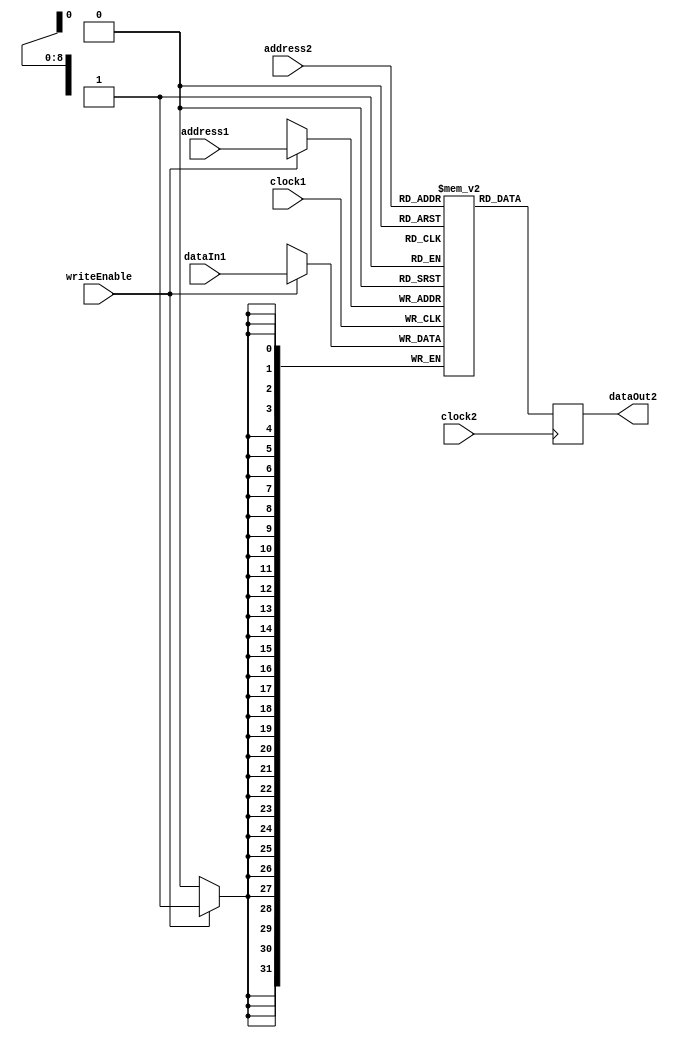
module dualPortRam2k ( input wire [8:0]  address1,
                                         address2,
                       input wire        clock1,
                                         clock2,
                                         writeEnable,
                       input wire [31:0] dataIn1,
                       output reg [31:0] dataOut2);

  reg [31:0] memory [511:0];
  
  always @(posedge clock1)
  begin
    if (writeEnable) memory[address1] <= dataIn1;
  end
  
  always @(posedge clock2) dataOut2 <= memory[address2];

endmodule